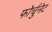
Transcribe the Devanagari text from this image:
फोर्चुनेट